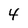
Character: 4